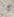
و